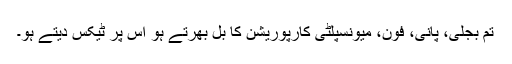
تم بجلی، پانی، فون، میونسپلٹی کارپوریشن کا بل بھرتے ہو اس پر ٹیکس دیتے ہو۔